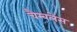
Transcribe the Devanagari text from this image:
चैम्बलेस